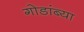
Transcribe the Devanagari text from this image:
गोडांब्या